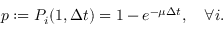
p : = P _ { i } ( 1 , \Delta t ) = 1 - e ^ { - \mu \Delta t } , \quad \forall i .